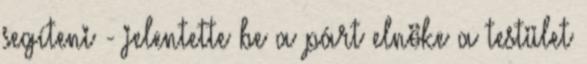
segíteni - jelentette be a párt elnöke a testület